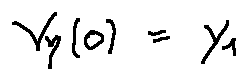
\gamma _ { y } ( 0 ) = y _ { 1 }